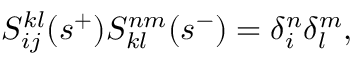
S _ { i j } ^ { k l } ( s ^ { + } ) S _ { k l } ^ { n m } ( s ^ { - } ) = \delta _ { i } ^ { n } \delta _ { l } ^ { m } ,